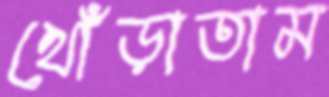
খোঁড়াতাম